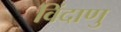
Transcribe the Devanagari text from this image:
विंदाणु